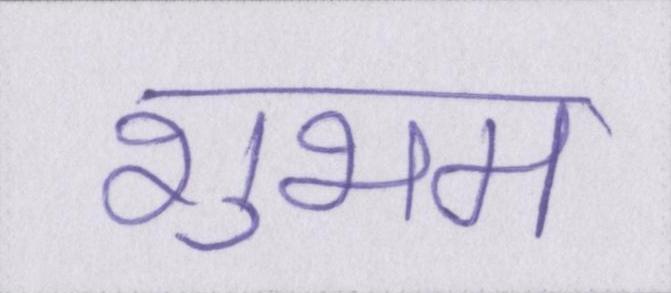
शुभम